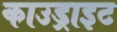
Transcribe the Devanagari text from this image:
काउड्राइट